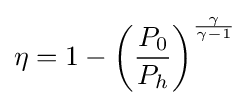
\eta =1-\left({\frac {P_{0}}{P_{h}}}\right)^{\gamma  \over \gamma -1}